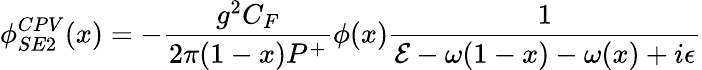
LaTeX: \phi_{SE2}^{CPV}(x)=-{\frac{g^{2}C_{F}}{2\pi(1-x)P^{+}}}\phi(x){\frac{1}{{\cal E}-\omega(1-x)-\omega(x)+i\epsilon}}